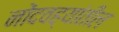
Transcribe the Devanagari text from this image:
नोंदवह्यांतील